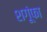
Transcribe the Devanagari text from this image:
शगूंफा